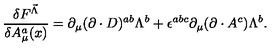
\frac { \delta F ^ { \vec { \Lambda } } } { \delta A _ { \mu } ^ { a } ( x ) } = \partial _ { \mu } ( \partial \cdot D ) ^ { a b } \Lambda ^ { b } + \epsilon ^ { a b c } \partial _ { \mu } ( \partial \cdot A ^ { c } ) \Lambda ^ { b } .